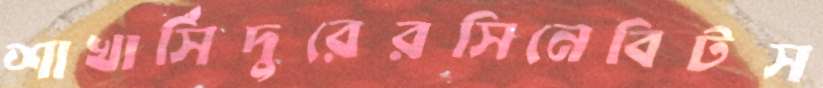
শাখাসিঁদুরেরসিনেবিটস